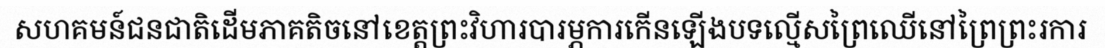
សហគមន៍ជនជាតិដើមភាគតិចនៅខេត្តព្រះវិហារបារម្ភការកើនឡើងបទល្មើសព្រៃឈើនៅព្រៃព្រះរការ